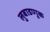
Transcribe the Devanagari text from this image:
लुबाडणूक